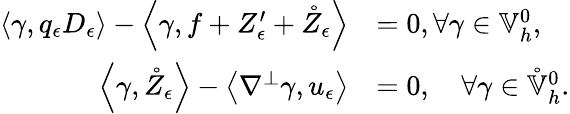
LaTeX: \begin{array}{rl}{\left\langle\gamma,q_{\epsilon}D_{\epsilon}\right\rangle-\left\langle\gamma,f+Z_{\epsilon}^{\prime}+\mathring{Z}_{\epsilon}\right\rangle}&{=0,\forall\gamma\in\mathbb{V}_{h}^{0},}\\ {\left\langle\gamma,\mathring{Z}_{\epsilon}\right\rangle-\left\langle\nabla^{\perp}\gamma,u_{\epsilon}\right\rangle}&{=0,\quad\forall\gamma\in\mathring{\mathbb{V}}_{h}^{0}.}\end{array}